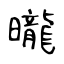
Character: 曨